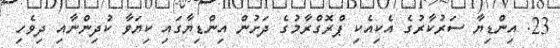
23. އިންޑިޔާ ސަރުކާރުގެ އެކިއެކި ޕްރޮގްރާމުގެ ދަށުން އިންޑިޔާގައި ކިޔަވާ ކުދިންނާއި ދިވެހި